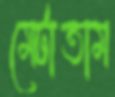
মেটাতাম